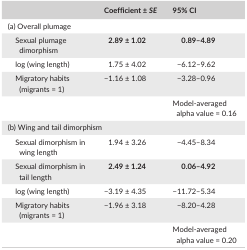
<table><thead><tr><td></td><td><b>Coefficient ± <i>SE</i></b></td><td><b>95% CI</b></td></tr></thead><tbody><tr><td colspan="3">(a) Overall plumage</td></tr><tr><td>Sexual plumage dimorphism</td><td><b>2.89 ± 1.02</b></td><td><b>0.89–4.89</b></td></tr><tr><td>log (wing length)</td><td>1.75 ± 4.02</td><td>−6.12–9.62</td></tr><tr><td>Migratory habits (migrants = 1)</td><td>−1.16 ± 1.08</td><td>−3.28–0.96</td></tr><tr><td></td><td></td><td>Model‐averaged alpha value = 0.16</td></tr><tr><td colspan="3">(b) Wing and tail dimorphism</td></tr><tr><td>Sexual dimorphism in wing length</td><td>1.94 ± 3.26</td><td>−4.45–8.34</td></tr><tr><td>Sexual dimorphism in tail length</td><td><b>2.49 ± 1.24</b></td><td><b>0.06–4.92</b></td></tr><tr><td>log (wing length)</td><td>−3.19 ± 4.35</td><td>−11.72–5.34</td></tr><tr><td>Migratory habits (migrants = 1)</td><td>−1.96 ± 3.18</td><td>−8.20–4.28</td></tr><tr><td></td><td></td><td>Model‐averaged alpha value = 0.20</td></tr></tbody></table>